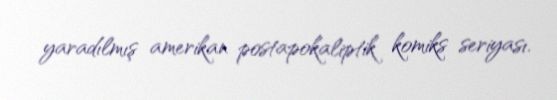
yaradılmış amerikan postapokaliptik komiks seriyası.